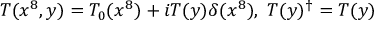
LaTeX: T ( x ^ { 8 } , y ) = T _ { 0 } ( x ^ { 8 } ) + i T ( y ) \delta ( x ^ { 8 } ) , \ T ( y ) ^ { \dag } = T ( y )